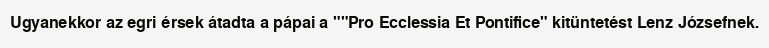
Ugyanekkor az egri érsek átadta a pápai a ""Pro Ecclessia Et Pontifice" kitüntetést Lenz Józsefnek.